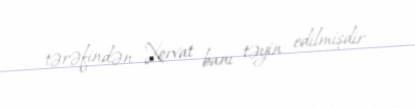
tərəfindən Xorvat banı təyin edilmişdir.